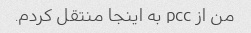
من از pcc به اینجا منتقل کردم.